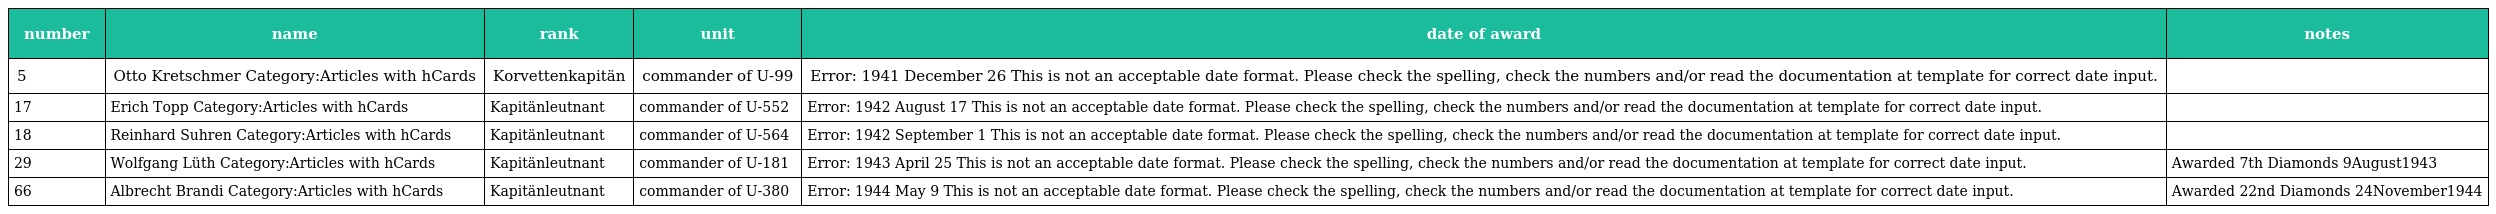
| number | name | rank | unit | date of award | notes |
 | --- | --- | --- | --- | --- | --- |
 | 5 | Otto Kretschmer Category:Articles with hCards | Korvettenkapitän | commander of U-99 | Error: 1941 December 26 This is not an acceptable date format. Please check the spelling, check the numbers and/or read the documentation at template for correct date input. |  |
 | 17 | Erich Topp Category:Articles with hCards | Kapitänleutnant | commander of U-552 | Error: 1942 August 17 This is not an acceptable date format. Please check the spelling, check the numbers and/or read the documentation at template for correct date input. |  |
 | 18 | Reinhard Suhren Category:Articles with hCards | Kapitänleutnant | commander of U-564 | Error: 1942 September 1 This is not an acceptable date format. Please check the spelling, check the numbers and/or read the documentation at template for correct date input. |  |
 | 29 | Wolfgang Lüth Category:Articles with hCards | Kapitänleutnant | commander of U-181 | Error: 1943 April 25 This is not an acceptable date format. Please check the spelling, check the numbers and/or read the documentation at template for correct date input. | Awarded 7th Diamonds 9August1943 |
 | 66 | Albrecht Brandi Category:Articles with hCards | Kapitänleutnant | commander of U-380 | Error: 1944 May 9 This is not an acceptable date format. Please check the spelling, check the numbers and/or read the documentation at template for correct date input. | Awarded 22nd Diamonds 24November1944 |